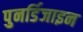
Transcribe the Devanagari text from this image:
पुनर्डिजाइन